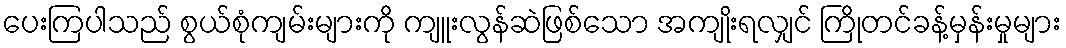
ပေးကြပါသည် စွယ်စုံကျမ်းများကို ကျူးလွန်ဆဲဖြစ်သော အကျိုးရလျှင် ကြိုတင်ခန့်မှန်းမှုများ